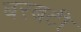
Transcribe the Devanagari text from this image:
बरबटी